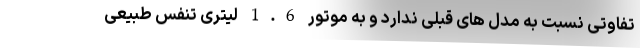
تفاوتی نسبت به مدل های قبلی ندارد و به موتور 1.6 لیتری تنفس طبیعی